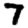
Digit: 7